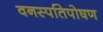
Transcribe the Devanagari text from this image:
वनस्पतिपोषण